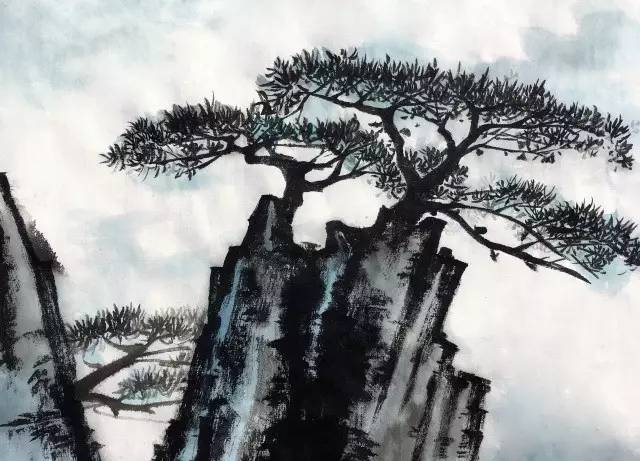
朝见马岭黄沙合，夕望龙城阵云起。